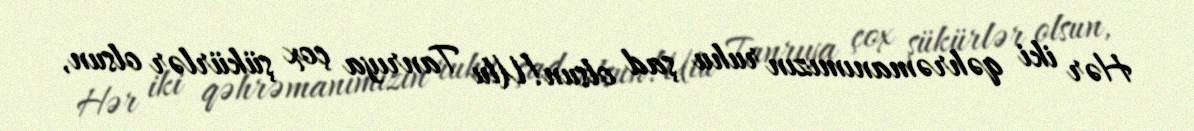
Hər iki qəhrəmanımızın ruhu şad olsun!Ulu Tanrıya çox şükürlər olsun,